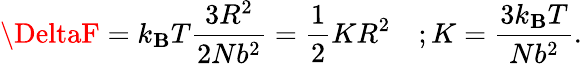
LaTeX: \DeltaF=k_{\mathbf{B}}T{\frac{{3R^{2}}}{{2Nb^{2}}}}={\frac{{1}}{{2}}}KR^{2}\quad;K={\frac{{3k_{\mathbf{B}}T}}{{Nb^{2}}}}.